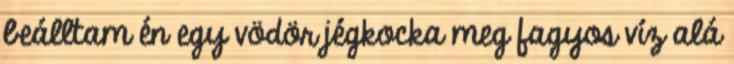
beálltam én egy vödör jégkocka meg fagyos víz alá